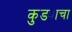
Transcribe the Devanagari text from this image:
कुड्याचा